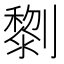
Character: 𠠍